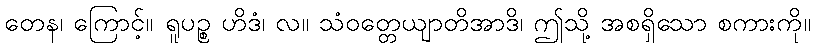
တေန၊ ကြောင့်။ ရူပဉ္စ ဟိဒံ၊ လ။ သံဝတ္တေယျာတိအာဒိ၊ ဤသို့ အစရှိသော စကားကို။